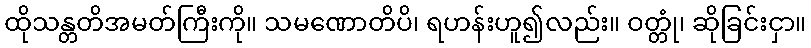
ထိုသန္တတိအမတ်ကြီးကို။ သမဏောတိပိ၊ ရဟန်းဟူ၍လည်း။ ဝတ္တုံ၊ ဆိုခြင်းငှာ။